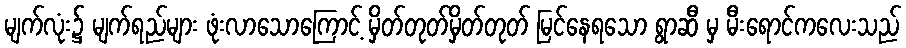
မျက်လုံး၌ မျက်ရည်များ ဖုံးလာသောကြောင့် မှိတ်တုတ်မှိတ်တုတ် မြင်နေရသော ရွာဆီ မှ မီးရောင်ကလေးသည်